Report of the Bombay Plague Committee
Disease focus: Plague
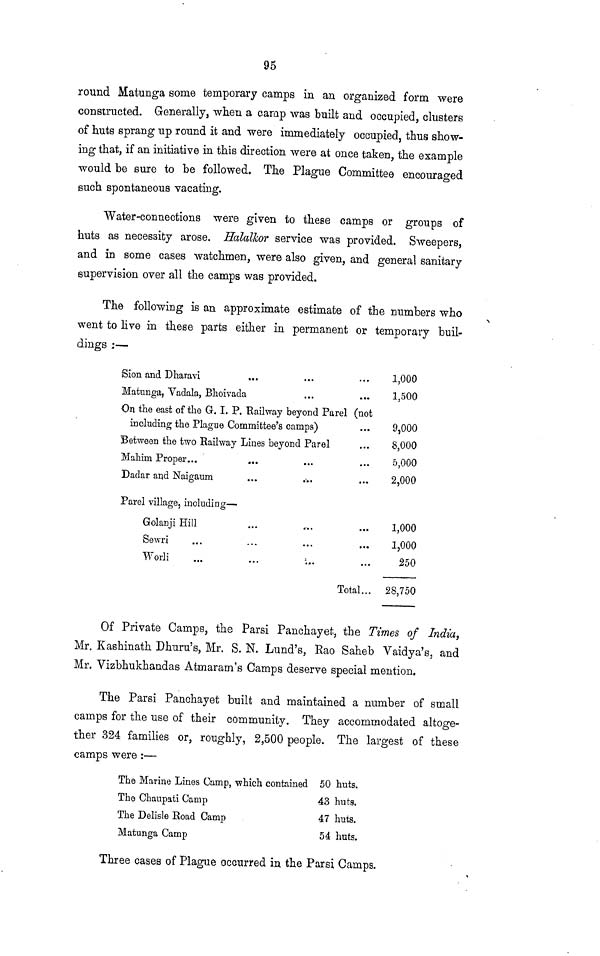
95
round Matunga some temporary camps in an organized form were
constructed. Generally, when a camp was built and occupied, clusters
of huts sprang up round it and were immediately occupied, thus show-
ing that, if an initiative in this direction were at once taken, the example
would be sure to be followed. The Plague Committee encouraged
such spontaneous vacating.
Water-connections were given to these camps or groups of
huts as necessity arose. Halalkor service was provided. Sweepers,
and in some cases watchmen, were also given, and general sanitary
supervision over all the camps was provided.
The following is an approximate estimate of the numbers who
went to live in these parts either in permanent or temporary buil-
dings :—
Sion and Dharavi
Matunga, Yadala, Bhoivada
On the east of the G. I. P. Railway beyond Parel (not
including the Plague Committee's camps)
Between the two Railway Lines beyond Parel
Mahim Proper...
Dadar and Naigaum
Parel village, including —
Golanji Hill
Sewri
Worli
Total...
1,000
1,500
9,000
8,000
5,000
2,000
1,000
1,000
250
28,750
Of Private Camps, the Parsi Panchayet, the Times of India,
Mr. Kashinath Dhuru's, Mr. S. N. Lund's, Rao Saheb Vaidya's, and
Mr. Vizbhukhandas Atmaram's Camps deserve special mention.
The Parsi Panchayet built and maintained a number of small
camps for the use of their community. They accommodated altoge-
ther 324 families or, roughly, 2,500 people. The largest of these
camps were :—
The Marine Lines Camp, which contained
The Chaupati Camp
The Delisle Road Camp
Matunga Camp
50 huts.
43 huts.
47 huts.
54 huts.
Three cases of Plague occurred in the Parsi Camps.